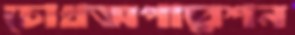
চোখঅপারেশন